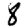
Digit: 8